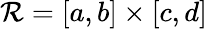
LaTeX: \mathcal{R}=[a,b]\times[c,d]